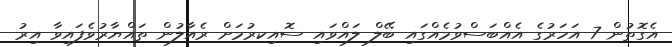
އެގޮތުން 7 އަހަރުގެ އެއްބަސްވުމެއްގައި ބޭލް ލައްވައި ސޮއިކރުމަށް ރެއާލުން ތައްޔާރުވެފައިވާ އިރު